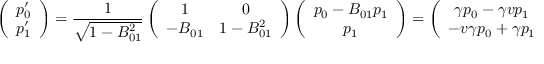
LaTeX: \left( \begin{array} { c } { { p _ { 0 } ^ { \prime } } } \\ { { p _ { 1 } ^ { \prime } } } \end{array} \right) = { \frac { 1 } { \sqrt { 1 - B _ { 0 1 } ^ { 2 } } } } \left( \begin{array} { c c } { { 1 } } & { { 0 } } \\ { { - B _ { 0 1 } } } & { { 1 - B _ { 0 1 } ^ { 2 } } } \end{array} \right) \left( \begin{array} { c } { { p _ { 0 } - B _ { 0 1 } p _ { 1 } } } \\ { { p _ { 1 } } } \end{array} \right) = \left( \begin{array} { c } { { \gamma p _ { 0 } - \gamma v p _ { 1 } } } \\ { { - v \gamma p _ { 0 } + \gamma p _ { 1 } } } \end{array} \right)